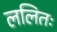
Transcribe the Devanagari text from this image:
ललितः